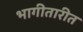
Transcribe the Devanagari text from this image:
भागीतारीत